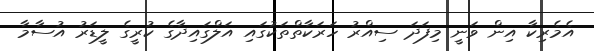
އެމެރިކާ އިން ވަނީ މިފަދަ ސިއްރު ހަރަކާތްތަކުގައި އަލްގައިދާގެ ކުރީގެ ލީޑަރު އުސާމާ